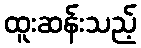
ထူးဆန်းသည့်